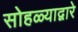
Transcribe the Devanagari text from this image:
सोहळ्याद्वारे